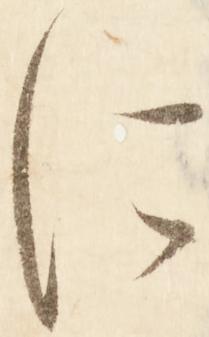
に